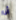
أنا